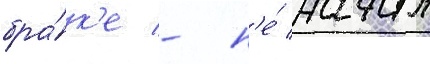
бра́к'е - н'е́ начал